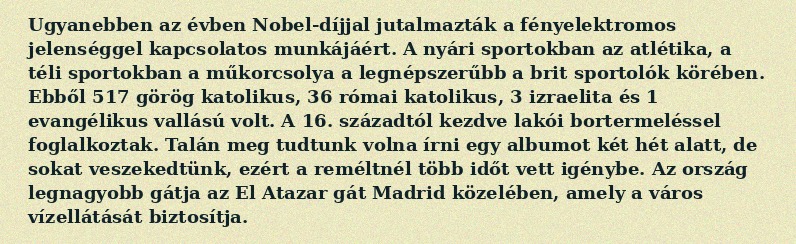
Ugyanebben az évben Nobel-díjjal jutalmazták a fényelektromos jelenséggel kapcsolatos munkájáért. A nyári sportokban az atlétika, a téli sportokban a műkorcsolya a legnépszerűbb a brit sportolók körében. Ebből 517 görög katolikus, 36 római katolikus, 3 izraelita és 1 evangélikus vallású volt. A 16. századtól kezdve lakói bortermeléssel foglalkoztak. Talán meg tudtunk volna írni egy albumot két hét alatt, de sokat veszekedtünk, ezért a reméltnél több időt vett igénybe. Az ország legnagyobb gátja az El Atazar gát Madrid közelében, amely a város vízellátását biztosítja.